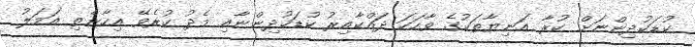
ކުޑަކުދިންނަށް ކުރާ އަނިޔާތަކުގެ ވާހަކަ ދައްކާއިރު ކުޑަކުދިންނާއި މެދު ކުރެވޭ އިހާނެތި އަމަލު